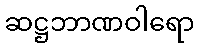
ဆဋ္ဌဘာဏဝါရော